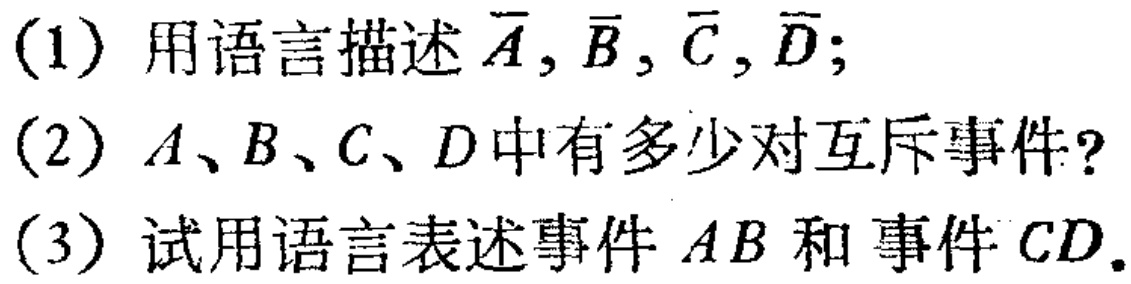
(1) 用语言描述$\overline{A},\overline{B},\overline{C},\overline{D}$;
(2) $A、B、C、D$中有多少对互斥事件?
(3) 试用语言表述事件$AB$和事件$CD$.